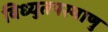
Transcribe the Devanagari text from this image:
विध्युतपरमाणु